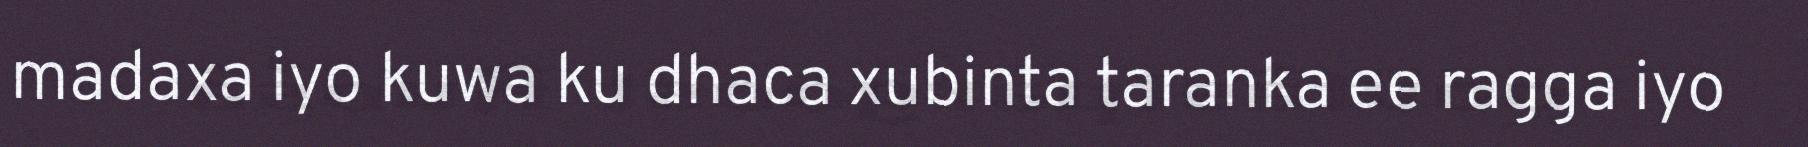
madaxa iyo kuwa ku dhaca xubinta taranka ee ragga iyo